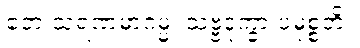
ဧတံ သရဏမာဂမ္မ၊ သဗ္ဗဒုက္ခာ ပမုစ္စတိ။